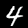
Label: 4